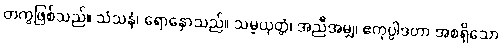
တကွဖြစ်သည်။ သံသနံ၊ ရောနှောသည်။ သမ္ပယုတ္တံ၊ အညီအမျှ၊ ဧကုပ္ပါဒတာ အစရှိသော